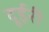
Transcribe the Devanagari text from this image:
दूईरी